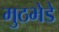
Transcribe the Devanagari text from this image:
मुठभेडे